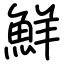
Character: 鮮